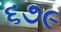
૬૭૯